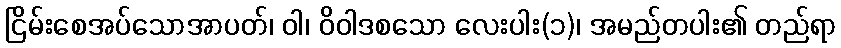
ငြိမ်းစေအပ်သောအာပတ်၊ ဝါ၊ ဝိဝါဒစသော လေးပါး(၁)၊ အမည်တပါး၏ တည်ရာ